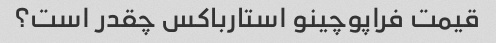
قیمت فراپوچینو استارباکس چقدر است؟